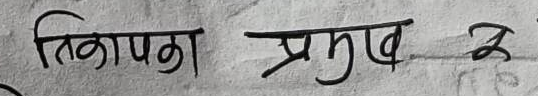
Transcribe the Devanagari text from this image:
तिापका प्रमुख २